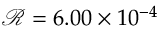
\mathcal { R } = 6 . 0 0 \times 1 0 ^ { - 4 }